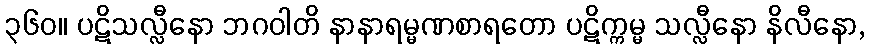
၃၆၀။ ပဋိသလ္လီနော ဘဂဝါတိ နာနာရမ္မဏစာရတော ပဋိက္ကမ္မ သလ္လီနော နိလီနော,